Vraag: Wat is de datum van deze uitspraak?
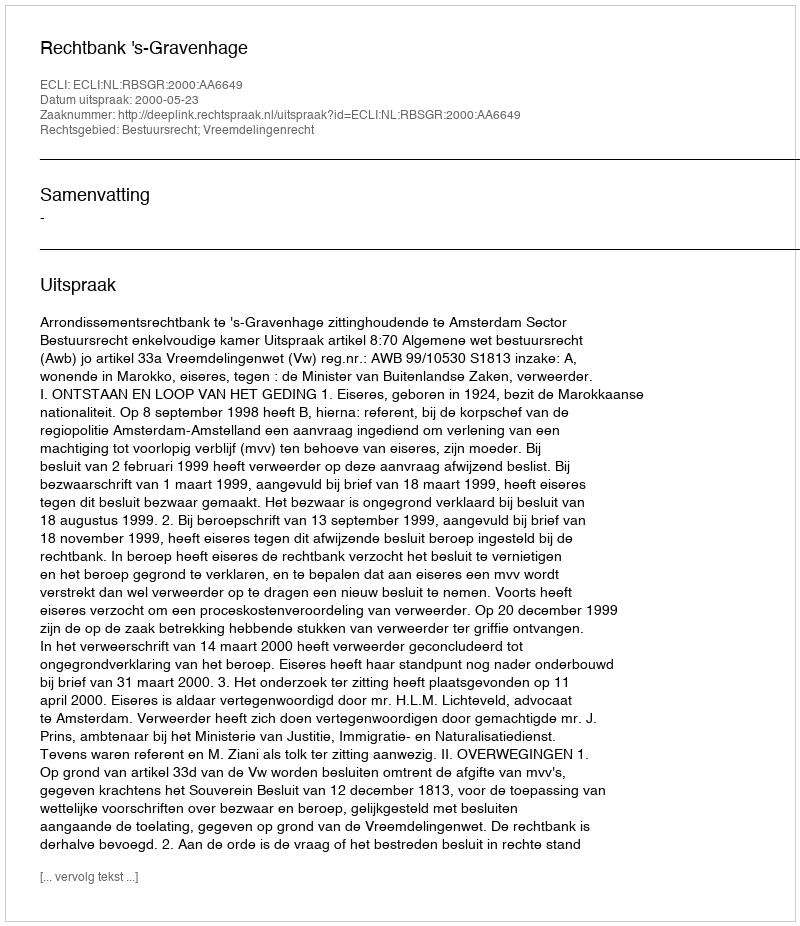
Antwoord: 2000-05-23